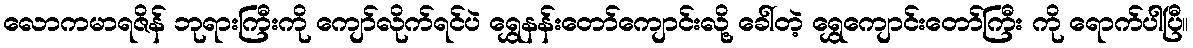
လောကမာရဇိန် ဘုရားကြီးကို ကျော်လိုက်ရင်ပဲ ရွှေနန်းတော်ကျောင်းလို့ ခေါ်တဲ့ ရွှေကျောင်းတော်ကြီး ကို ရောက်ပါပြီ။